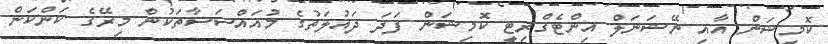
ކޮމިޝަން އާއި ނޭޝަނަލް އިންޓެގްރިޓީ ކޮމިޝަން ފަދަ ދައުލަތުގެ މުއައްސަސާތަކުން މިރޭގެ ކަންކަން